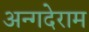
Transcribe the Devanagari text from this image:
अन्गदेराम